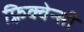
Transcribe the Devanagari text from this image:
फ़्रिक्वेन्सी